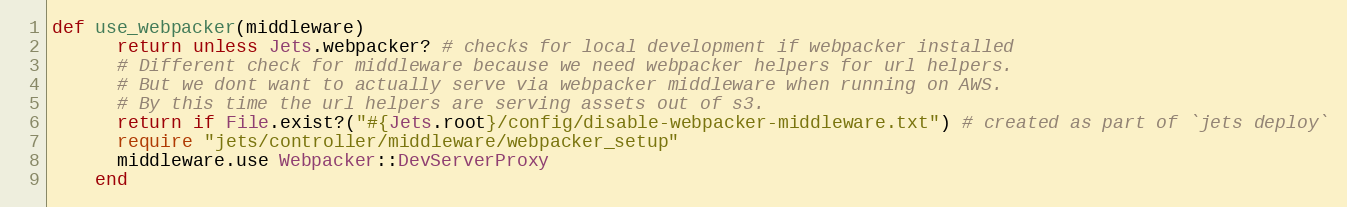
Language: Ruby
def use_webpacker(middleware)
      return unless Jets.webpacker? # checks for local development if webpacker installed
      # Different check for middleware because we need webpacker helpers for url helpers.
      # But we dont want to actually serve via webpacker middleware when running on AWS.
      # By this time the url helpers are serving assets out of s3.
      return if File.exist?("#{Jets.root}/config/disable-webpacker-middleware.txt") # created as part of `jets deploy`
      require "jets/controller/middleware/webpacker_setup"
      middleware.use Webpacker::DevServerProxy
    end